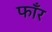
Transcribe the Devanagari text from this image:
फाँर